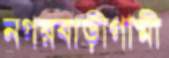
নগরবাড়ীগামী